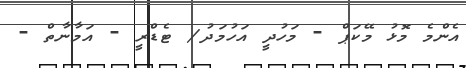
އެންމެ މޮޅު މޭކަޕް - މަހުދީ އަހުމަދު/ ޓެޑްރީ - އަމާނާތް -